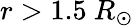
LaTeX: r>1.5\ R_{\odot}